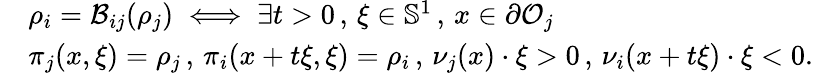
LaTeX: \begin{array}{rl}&{\rho_{i}=\mathcal{B}_{ij}(\rho_{j})\iff\exists t>0\, ,\, \xi\in\mathbb{S}^{1}\, ,\, x\in\partial\mathcal{O}_{j}}\\ &{\pi_{j}(x,\xi)=\rho_{j}\, ,\, \pi_{i}(x+t\xi,\xi)=\rho_{i}\, ,\, \nu_{j}(x)\cdot\xi>0\, ,\, \nu_{i}(x+t\xi)\cdot\xi<0.}\end{array}